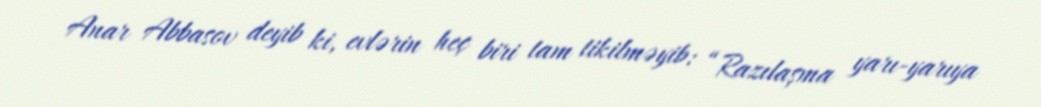
Anar Abbasov deyib ki, evlərin heç biri tam tikilməyib: “Razılaşma yarı-yarıya